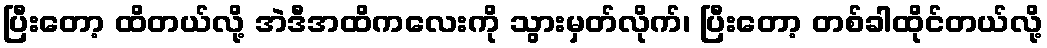
ပြီးတော့ ထိတယ်လို့ အဲဒီအထိကလေးကို သွားမှတ်လိုက်၊ ပြီးတော့ တစ်ခါထိုင်တယ်လို့